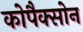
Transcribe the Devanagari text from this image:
कोपैक्सोन